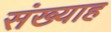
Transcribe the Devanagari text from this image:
संख्याह